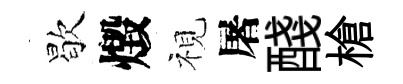
歇燬視屠醆槍